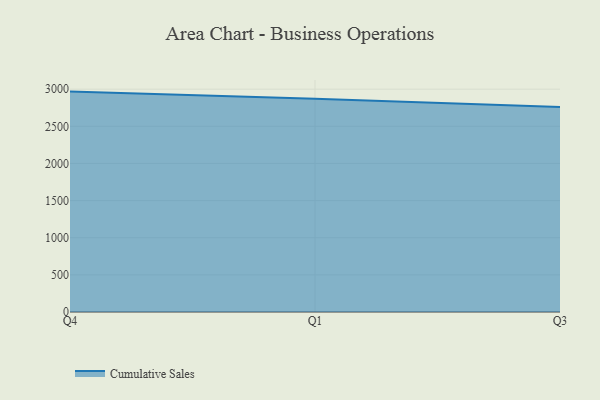
{"axis": {"x": "Quarter", "y": "Conversion Rate (%)"}, "legend": ["Cumulative Sales"], "data": [{"x": "Q4", "y": 2967.4, "type": "Cumulative Sales"}, {"x": "Q1", "y": 2871.7, "type": "Cumulative Sales"}, {"x": "Q3", "y": 2758.9, "type": "Cumulative Sales"}]}